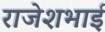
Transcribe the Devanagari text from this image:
राजेशभाई